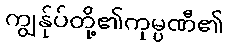
ကျွန်ုပ်တို့၏ကုမ္ပဏီ၏